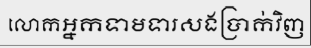
លោកអ្នកទាមទារសងប្រាក់វិញ